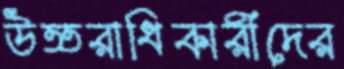
উত্তরাধিকারীদের